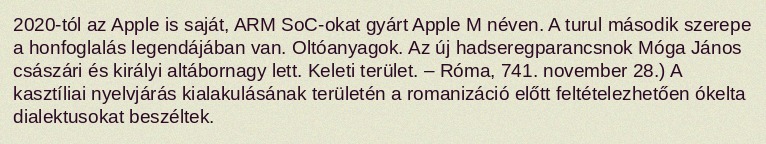
2020-tól az Apple is saját, ARM SoC-okat gyárt Apple M néven. A turul második szerepe a honfoglalás legendájában van. Oltóanyagok. Az új hadseregparancsnok Móga János császári és királyi altábornagy lett. Keleti terület. – Róma, 741. november 28.) A kasztíliai nyelvjárás kialakulásának területén a romanizáció előtt feltételezhetően ókelta dialektusokat beszéltek.